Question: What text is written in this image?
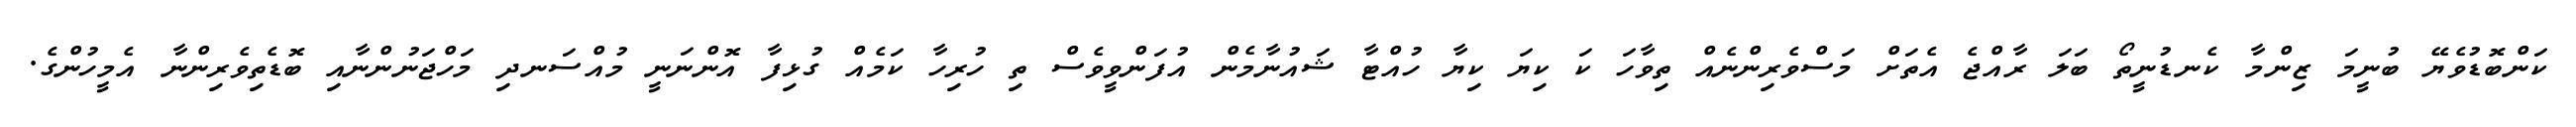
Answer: ކަންބޮޑުވެޔޭ ބުނީމަ ޒިންމާ ކެނޑުނީތޯ ބަލަ ރާއްޖެ އެތަށް މަސްވެރިންނެއް ތިވާހަ ކަ ކިޔަ ކިޔާ ހުއްޓާ ޝައުނާމެން އުފަންވީވެސް ތި ހުރިހާ ކަމެއް ގުޅިފާ އޮންނަނީ މުއްސަނދި މަހްޖަނުންނާއި ބޮޑެތިވެރިންނާ އެމީހުންގެ.